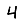
Digit: 4